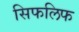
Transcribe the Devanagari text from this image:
सिफलिफ